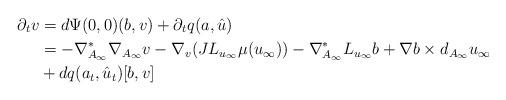
LaTeX: \begin{align*} \partial_t v &= d\Psi(0,0) (b, v) + \partial_t q(a,\hat{u}) \\&= -\nabla_{A_{\infty}}^* \nabla_{A_{\infty}} v - \nabla_{v} (J L_{u_{\infty}} \mu(u_{\infty})) - \nabla_{A_{\infty}}^* L_{u_{\infty}} b + \nabla b \times d_{A_\infty} u_{\infty} \\&+ d q(a_t, \hat{u}_t) [b, v]\end{align*}